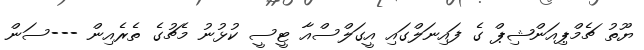
ޔޫތު ޗެމްޕިއަންޝިޕް ގެ ފައިނަލްގައި އީގަލްސްއާ ޓީސީ ކުޅުނު މެޗުގެ ތެރެއިން ---ސަން